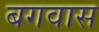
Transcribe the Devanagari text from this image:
बगवास